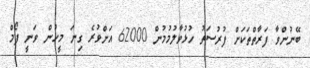
ބޭނުންވާ ފަރާތްތަކަށް ފުރުސަތު ހުޅުވާލުމުމުން 62000 އަށްވުރެ ގިނަ މީހުން ވަނީ ފޯމް